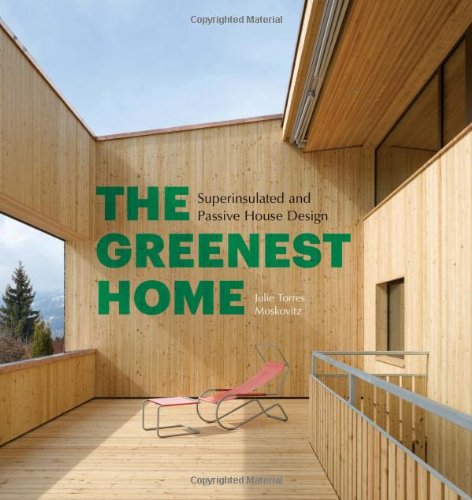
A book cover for The Greenest Home: Superinsulated and Passive House Design; Julie Torres Moskovitz; Crafts, Hobbies & Home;